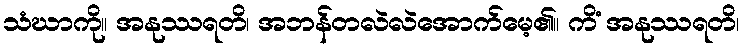
သံဃာကို။ အနုဿရတိ၊ အဘန်တလဲလဲအောက်မေ့၏။ ကိံ အနုဿရတိ၊